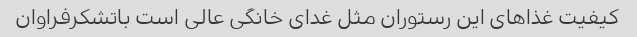
کیفیت غذاهای این رستوران مثل غدای خانگی عالی است باتشکرفراوان